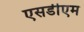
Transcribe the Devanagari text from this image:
एसडीएम